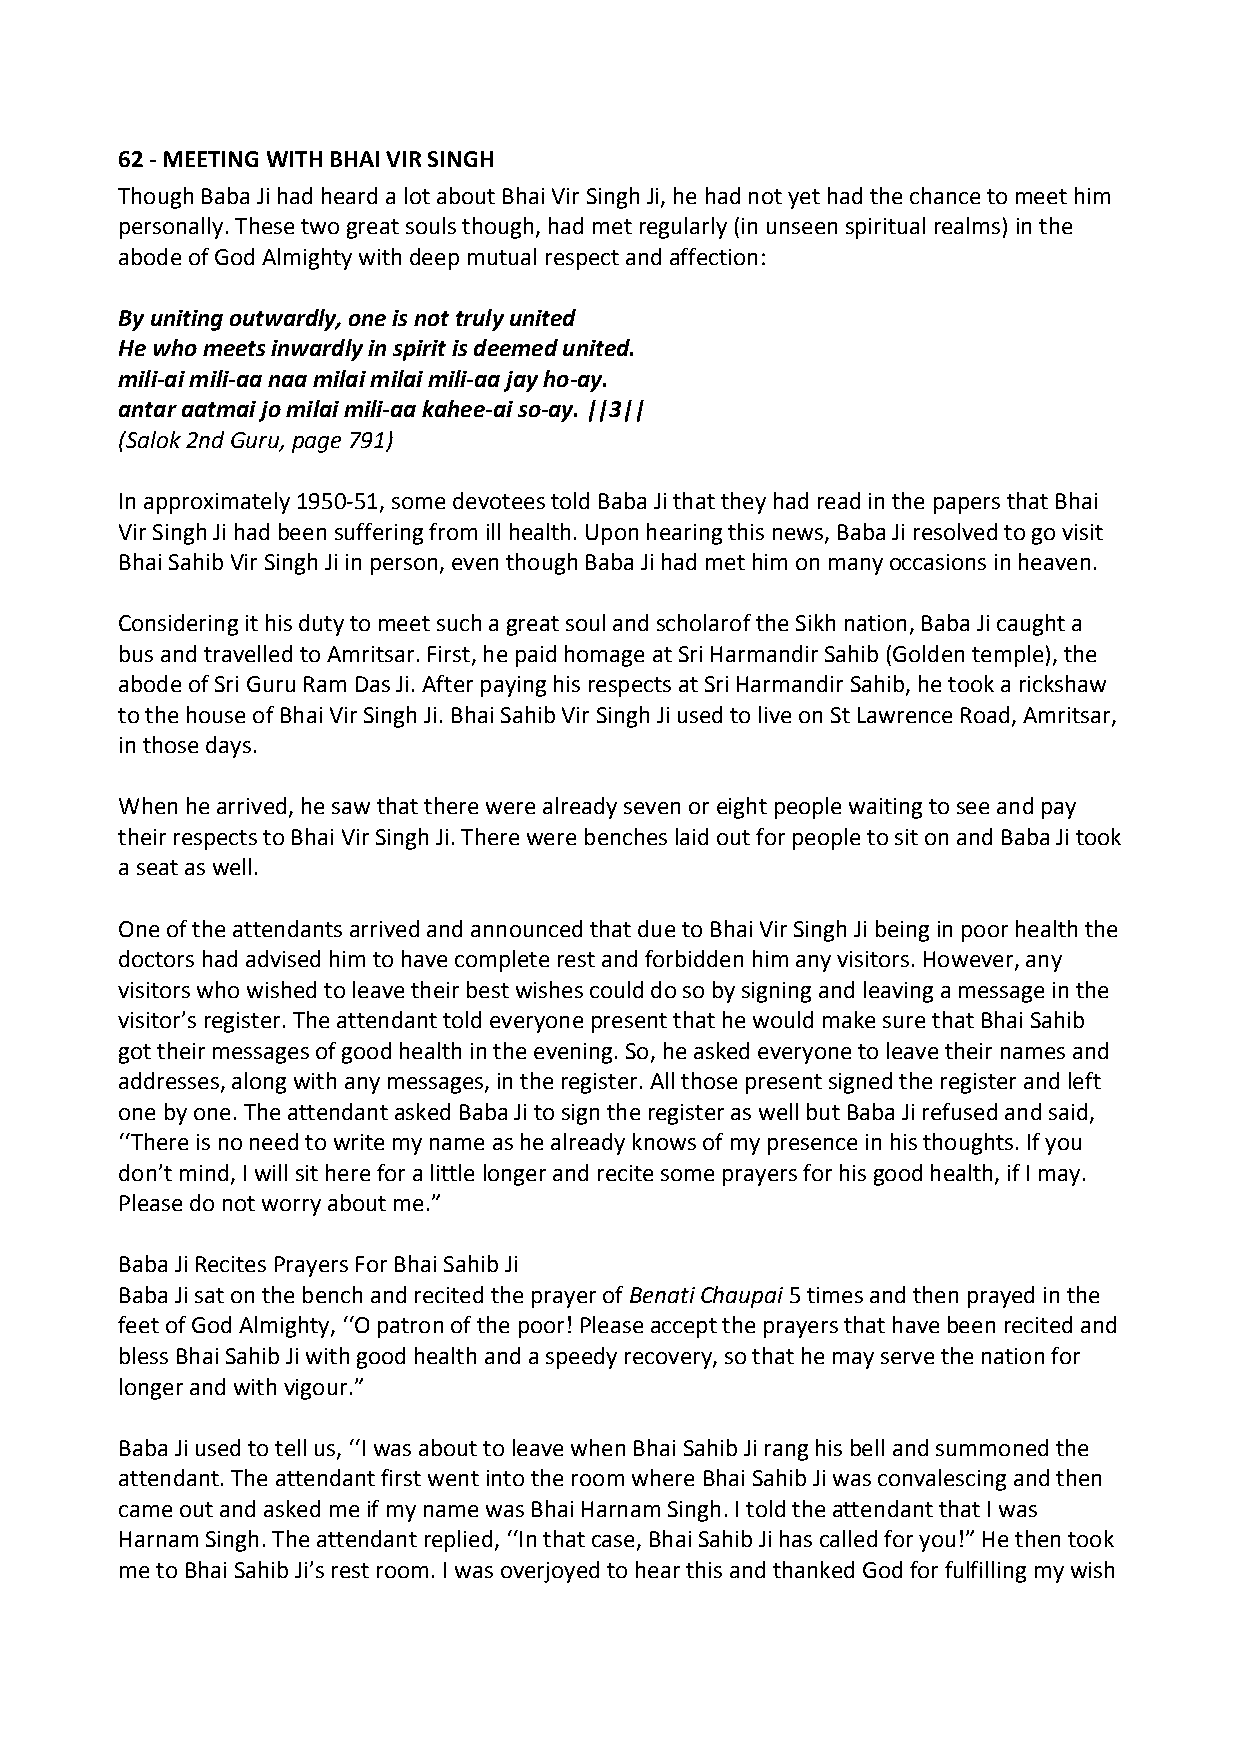
62 ‐ MEETING WITH BHAI VIR SINGH
 Though Baba Ji had heard a lot about Bhai Vir Singh Ji, he had not yet had the chance to meet him
 personally. These two great souls though, had met regularly (in unseen spiritual realms) in the
 abode of God Almighty with deep mutual respect and affection:
 By uniting outwardly, one is not truly united
 He who meets inwardly in spirit is deemed united.
 mili‐ai mili‐aa naa milai milai mili‐aa jay ho‐ay.
 antar aatmai jo milai mili‐aa kahee‐ai so‐ay. ||3||
 (Salok 2nd Guru, page 791)
 In approximately 1950‐51, some devotees told Baba Ji that they had read in the papers that Bhai
 Vir Singh Ji had been suffering from ill health. Upon hearing this news, Baba Ji resolved to go visit
 Bhai Sahib Vir Singh Ji in person, even though Baba Ji had met him on many occasions in heaven.
 Considering it his duty to meet such a great soul and scholarof the Sikh nation, Baba Ji caught a
 bus and travelled to Amritsar. First, he paid homage at Sri Harmandir Sahib (Golden temple), the
 abode of Sri Guru Ram Das Ji. After paying his respects at Sri Harmandir Sahib, he took a rickshaw
 to the house of Bhai Vir Singh Ji. Bhai Sahib Vir Singh Ji used to live on St Lawrence Road, Amritsar,
 in those days.
 When he arrived, he saw that there were already seven or eight people waiting to see and pay
 their respects to Bhai Vir Singh Ji. There were benches laid out for people to sit on and Baba Ji took
 a seat as well.
 One of the attendants arrived and announced that due to Bhai Vir Singh Ji being in poor health the
 doctors had advised him to have complete rest and forbidden him any visitors. However, any
 visitors who wished to leave their best wishes could do so by signing and leaving a message in the
 visitor’s register. The attendant told everyone present that he would make sure that Bhai Sahib
 got their messages of good health in the evening. So, he asked everyone to leave their names and
 addresses, along with any messages, in the register. All those present signed the register and left
 one by one. The attendant asked Baba Ji to sign the register as well but Baba Ji refused and said,
 ‘‘There is no need to write my name as he already knows of my presence in his thoughts. If you
 don’t mind, I will sit here for a little longer and recite some prayers for his good health, if I may.
 Please do not worry about me.”
 Baba Ji Recites Prayers For Bhai Sahib Ji
 Baba Ji sat on the bench and recited the prayer of Benati Chaupai 5 times and then prayed in the
 feet of God Almighty, ‘‘O patron of the poor! Please accept the prayers that have been recited and
 bless Bhai Sahib Ji with good health and a speedy recovery, so that he may serve the nation for
 longer and with vigour.”
 Baba Ji used to tell us, ‘‘I was about to leave when Bhai Sahib Ji rang his bell and summoned the
 attendant. The attendant first went into the room where Bhai Sahib Ji was convalescing and then
 came out and asked me if my name was Bhai Harnam Singh. I told the attendant that I was
 Harnam Singh. The attendant replied, ‘‘In that case, Bhai Sahib Ji has called for you!” He then took
 me to Bhai Sahib Ji’s rest room. I was overjoyed to hear this and thanked God for fulfilling my wish